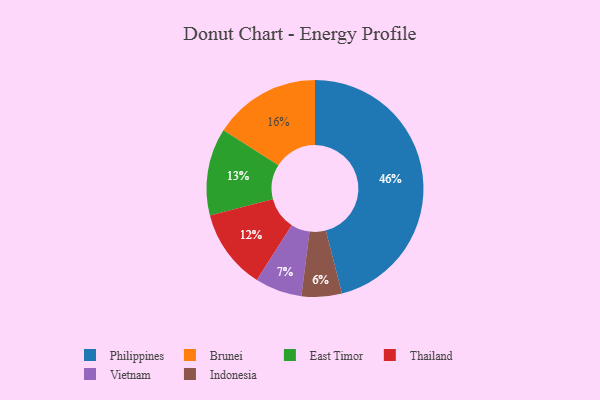
{"axis": {"x": "Category", "y": "Percentage"}, "legend": ["Brunei", "East Timor", "Indonesia", "Philippines", "Thailand", "Vietnam"], "data": [{"x": "East Timor", "y": 13, "type": "East Timor"}, {"x": "Brunei", "y": 16, "type": "Brunei"}, {"x": "Philippines", "y": 46, "type": "Philippines"}, {"x": "Vietnam", "y": 7, "type": "Vietnam"}, {"x": "Thailand", "y": 12, "type": "Thailand"}, {"x": "Indonesia", "y": 6, "type": "Indonesia"}]}